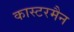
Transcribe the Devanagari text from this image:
कास्टरमैन